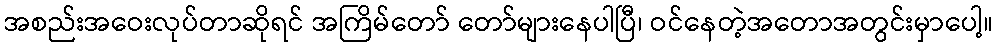
အစည်းအဝေးလုပ်တာဆိုရင် အကြိမ်တော် တော်များနေပါပြီ၊ ဝင်နေတဲ့အတောအတွင်းမှာပေါ့။